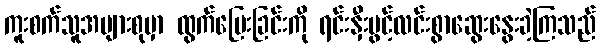
ကူးစက်သူအများစုမှာ ထွက်ပြေးခြင်းကို ရင်းနှီးပွင့်လင်းစွာဆွေးနွေးခဲ့ကြသည်